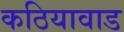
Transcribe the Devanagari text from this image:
कठियावाड